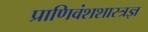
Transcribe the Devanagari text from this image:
प्राणिवंशशास्त्रज्ञ